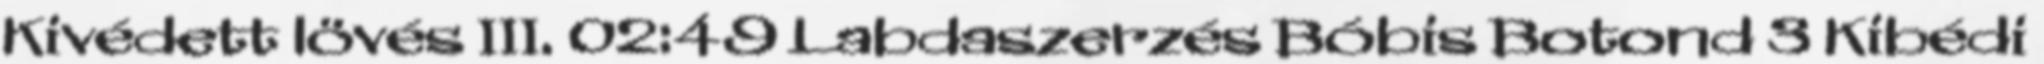
Kivédett lövés III. 02:49 Labdaszerzés Bóbis Botond 3 Kibédi